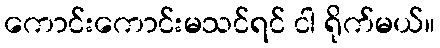
ကောင်းကောင်းမသင်ရင် ငါ ရိုက်မယ်။